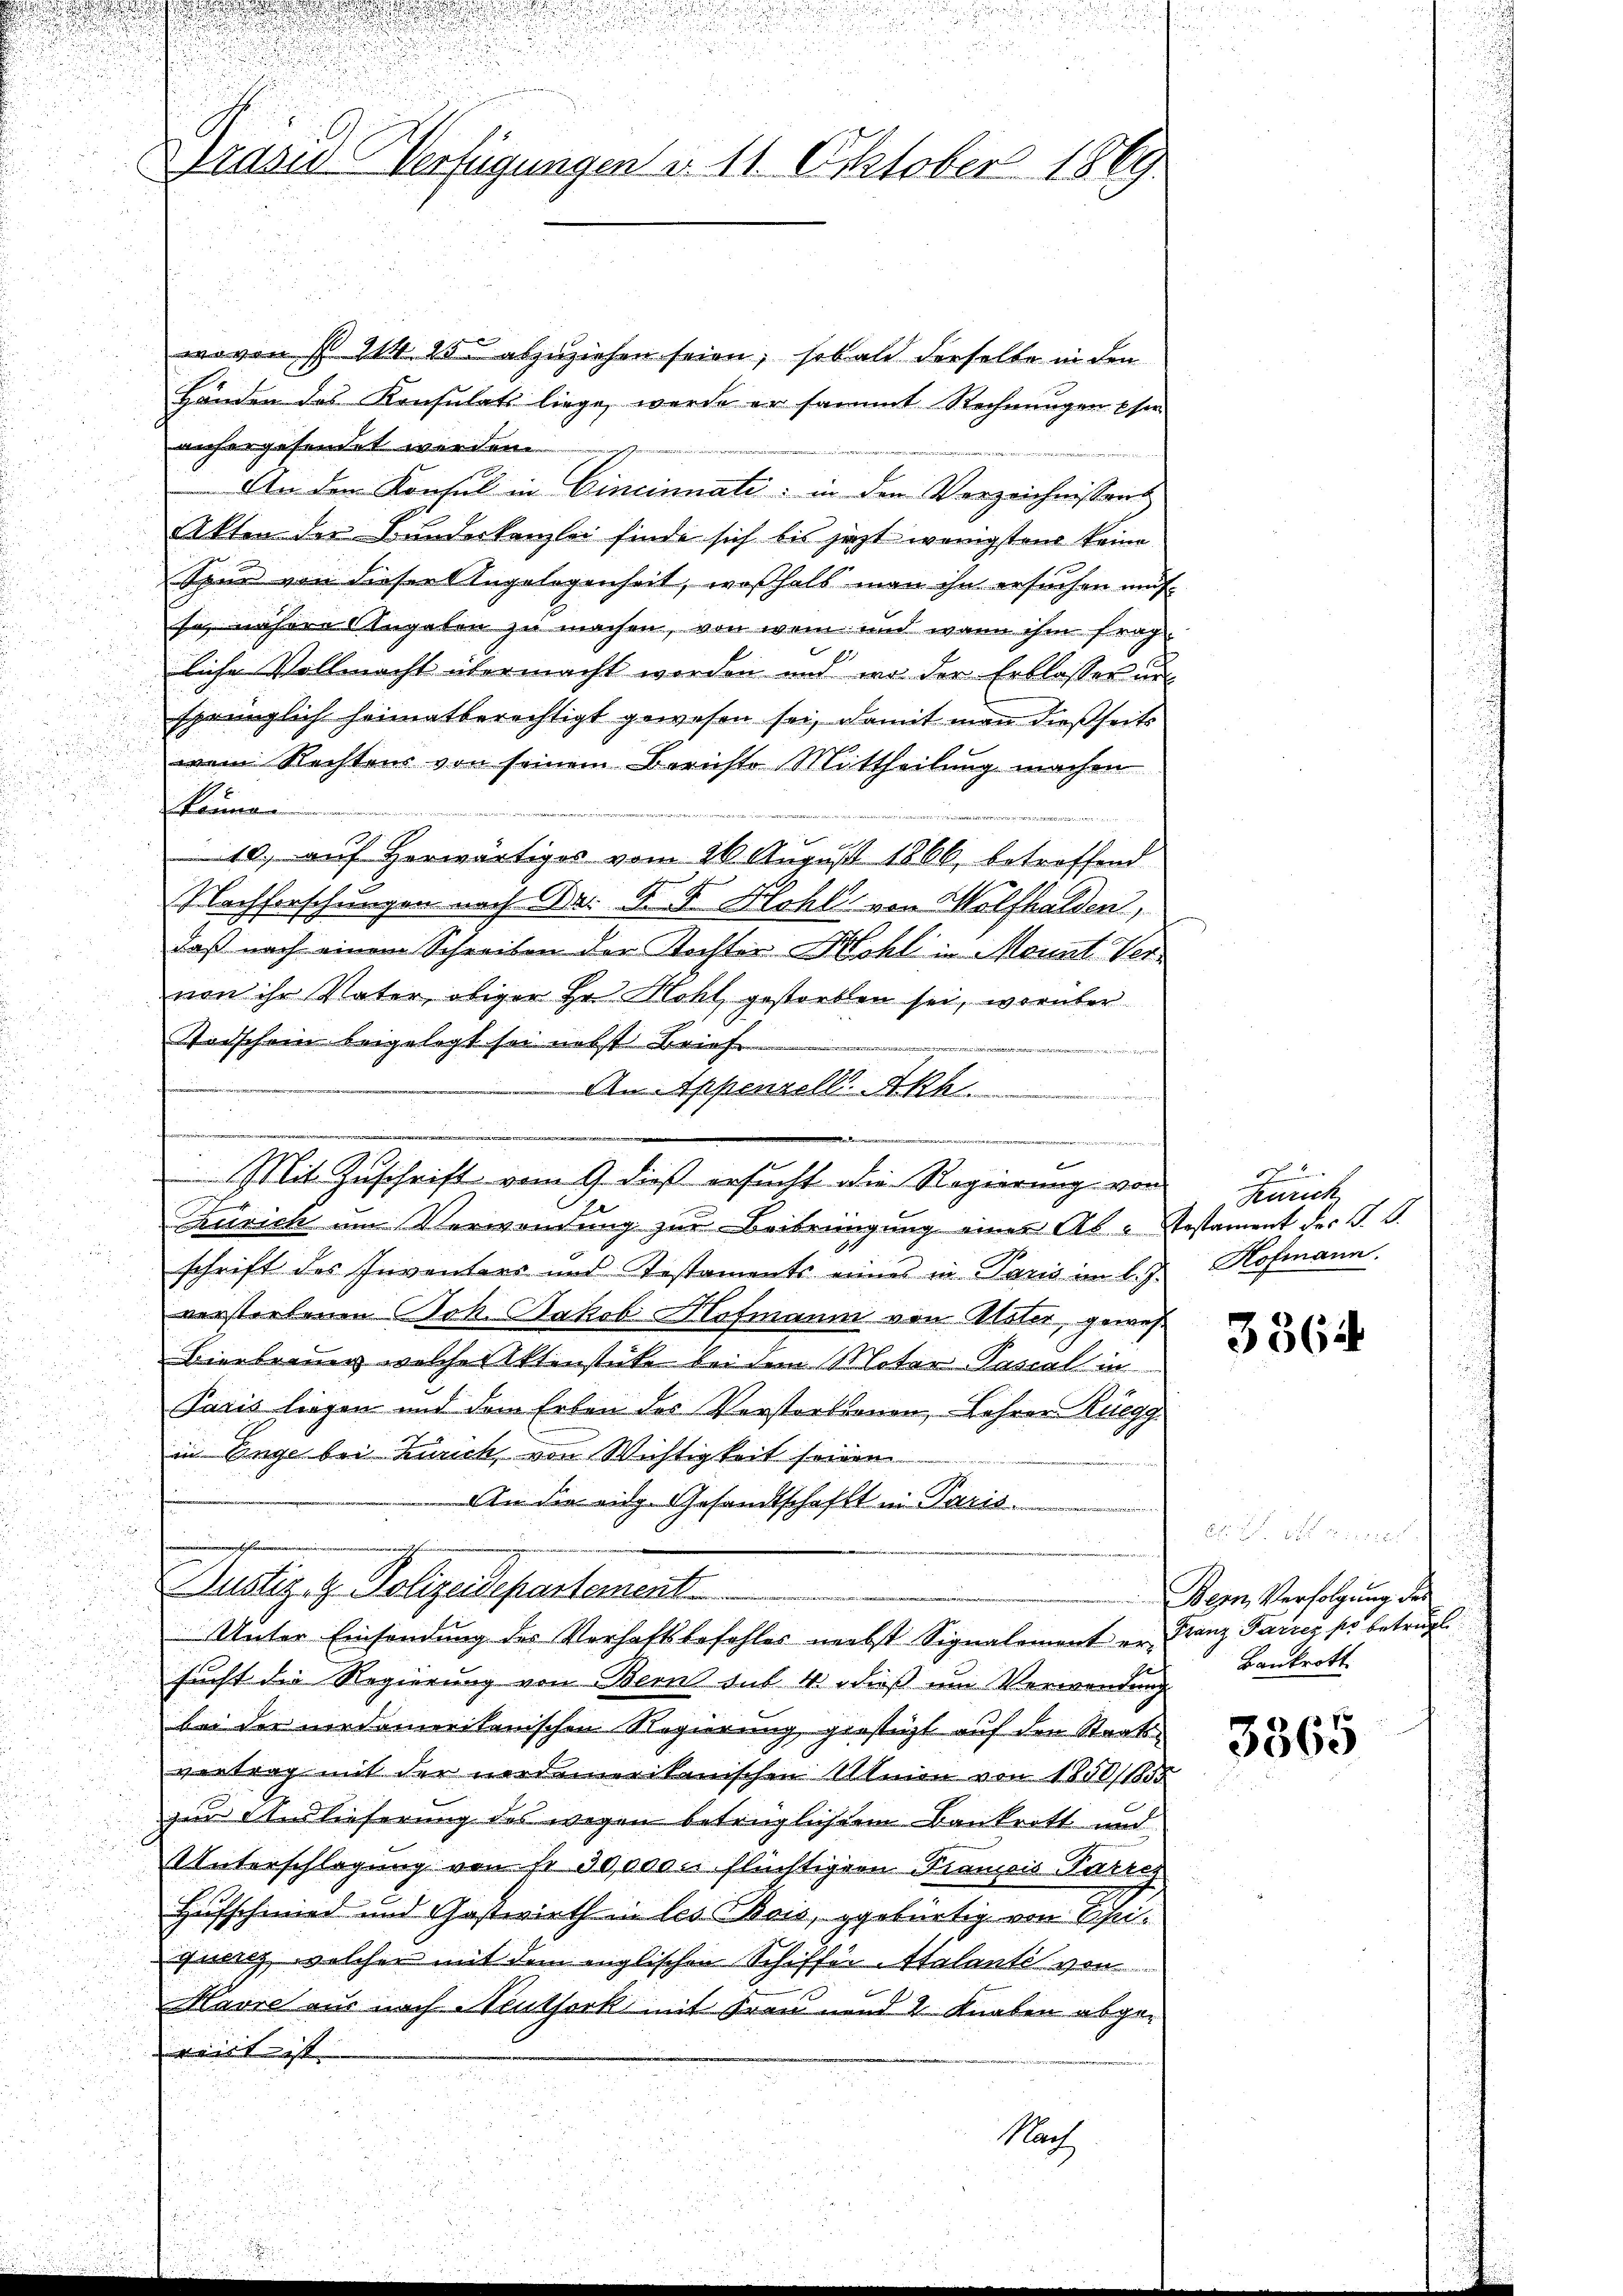
2
Prasis Verfügungen d. 11. October 1869.

wovon § 214 15. abzuziehen seien, sobald derselbe in den
Händen das Konsulats liege, werde er sammt Rechnungen phen
anhergesendet werden.
An dem Konsul in Cincinnate: in den Verzeichnissens
Akten der Bunderkanzlei finde sich bis jetzt wenigstens keine
Spur von dieser Angelegenheit, weßhalb man ihn ersuchen mus
se, nähere Angaben zu machen, von wem und wann ihm frag
liche Vollmacht übermacht worden und wo der Erblasser un
sprünglich heimatberechtigt gewesen sei, damit man dießseits
wen Rechtens von seinem Berichte Mittheilung machen
kerman
10. auf herwärtiges vom 26. August 1866, betroffend
Nachforschungen nach Dr. R. F. Flohl von Wolfhalden,
daß nach einem Schreiben der Tochter Wohl in Monat Vervon ihr Vater obiger Hr. Hohl gestorben sei, worüber
Todschein beigelegt sei nebst Brief
e
Zürich um Verwendung zur Beibringung einer Ab-Testament der J. J.
schrift des Inventers und Testaments eines in Paris im l. J. Hofmann.
verstorbenen Joh. Jakob Hofmanni von Mater, gewes
Bierbrauer welche Aktenstücke bei dem Motor Pascal in
Paris liegen und dem Erben des Verstorbenen, Lehrer Rüegg
in Enge bei Zürich, von Wichtigkeit seinen
An die eidg. Gesandtschaft in Paris
n
Justiz- & Polizeidepartement
Unter Einsendung des Verhaftsbefehler nebst Signalement ersucht die Regierung von Bern aus 4. dieß um Verwendung
bei der nordamerikanischen Regierung gräßigt auf den Staatsvertrag mit der nerdemerikanischen Union von 1800/1855
zur Anlieferung des wegen betrüglich dem Bankrott und
Unterschlagung von sr 30000. flüchtigern Francois Parres
Hufschmied und Gasterieth in les Obris, gebürtig von Scheiquenz, welcher mit dem englischen Schiffer-Italanti von
Mavre aus nach Neuthork mit Frau und 2 Knaben abgeweit ist
Nach

An Appenzell. Akh

n
3
Mit Zuschrift vom 9. dieß ersucht die Regierung von

Zürich

3364

Bern, Verfolgung des
Franz Parzer so beträgt
Bankrott

3365